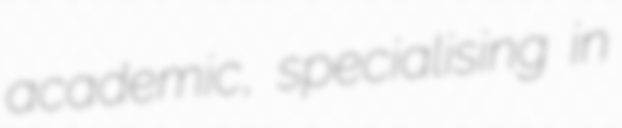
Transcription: academic, specialising in